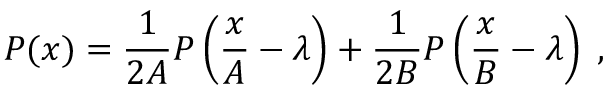
P ( x ) = \frac { 1 } { 2 A } P \left( \frac { x } { A } - \lambda \right) + \frac { 1 } { 2 B } P \left( \frac { x } { B } - \lambda \right) \; ,